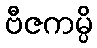
ဗီဇကမ္ပိ